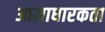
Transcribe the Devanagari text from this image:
आज्ञाधारकता